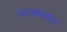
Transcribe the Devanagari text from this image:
मलकवाल